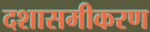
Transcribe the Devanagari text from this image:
दशासमीकरण